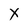
Character: x